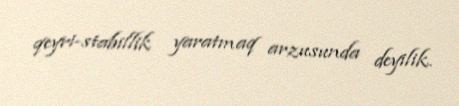
qeyri-stabillik yaratmaq arzusunda deyilik.